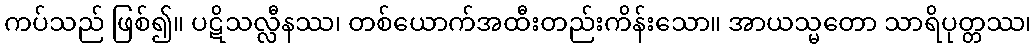
ကပ်သည် ဖြစ်၍။ ပဋိသလ္လီနဿ၊ တစ်ယောက်အထီးတည်းကိန်းသော။ အာယသ္မတော သာရိပုတ္တဿ၊